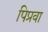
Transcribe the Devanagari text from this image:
पिप्रवा